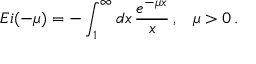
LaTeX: E i ( - \mu ) = - \int _ { 1 } ^ { \infty } d x \, \frac { e ^ { - \mu x } } { x } \, { , } \, \, \, \, \, \, \mu > 0 \, { . }